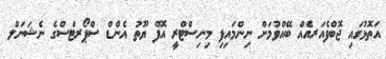
އަތޮޅުގައި ޖޮބްފެއަރއެއް ބޭއްވުމަށް ނިންމައިފި މިނިސްޓްރީ އޮފް ޔޫތު އެންޑް ސްޕޯރޓްސްގެ ނެޝަނަލް